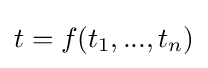
t=f(t_{1},...,t_{n})